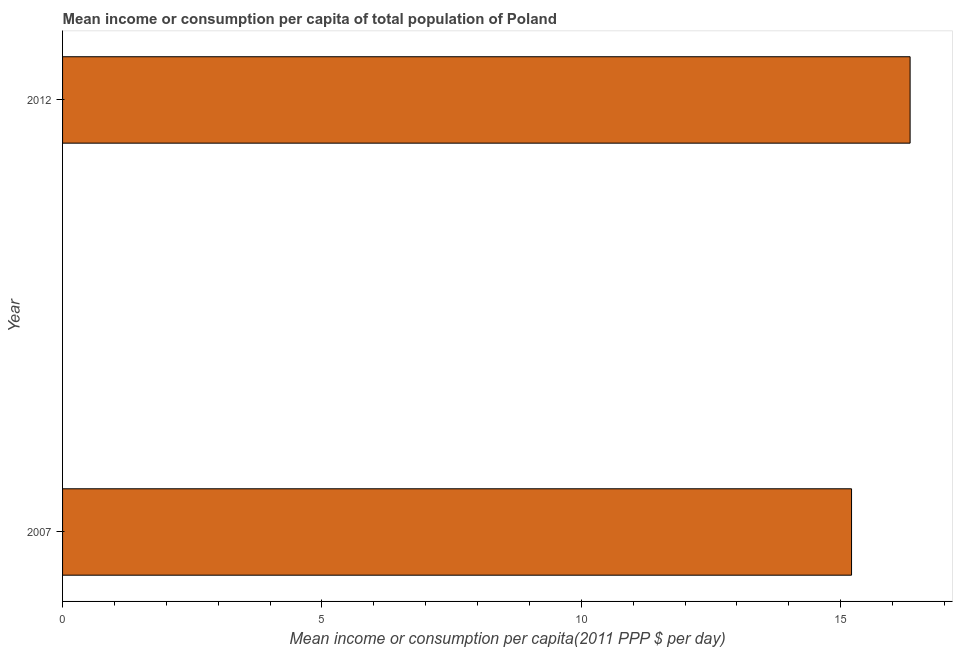
| Year | Total population |
 | --- | --- |
 | 2007 | 15.2 |
 | 2012 | 16.3 |